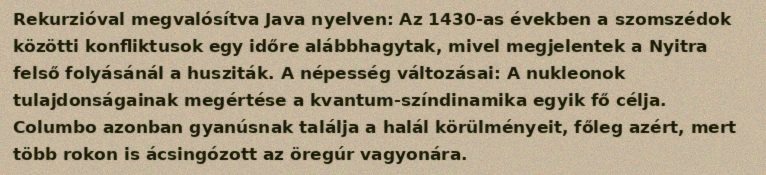
Rekurzióval megvalósítva Java nyelven: Az 1430-as években a szomszédok közötti konfliktusok egy időre alábbhagytak, mivel megjelentek a Nyitra felső folyásánál a husziták. A népesség változásai: A nukleonok tulajdonságainak megértése a kvantum-színdinamika egyik fő célja. Columbo azonban gyanúsnak találja a halál körülményeit, főleg azért, mert több rokon is ácsingózott az öregúr vagyonára.